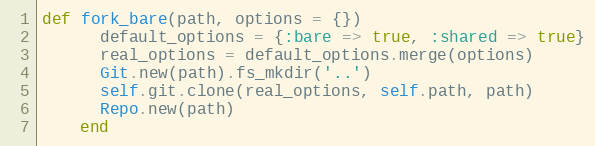
Language: Ruby
def fork_bare(path, options = {})
      default_options = {:bare => true, :shared => true}
      real_options = default_options.merge(options)
      Git.new(path).fs_mkdir('..')
      self.git.clone(real_options, self.path, path)
      Repo.new(path)
    end